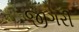
જીગરી